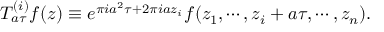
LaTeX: T _ { a \tau } ^ { ( i ) } f ( z ) \equiv e ^ { \pi i a ^ { 2 } \tau + 2 \pi i a z _ { i } } f ( z _ { 1 } , \cdots , z _ { i } + a \tau , \cdots , z _ { n } ) .